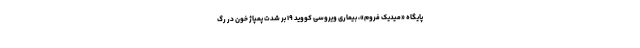
پایگاه «میدیک فروم»، بیماری ویروسی کووید ۱۹ بر شدت پمپاژ خون در رگ